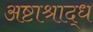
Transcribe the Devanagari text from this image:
अष्टाश्राद्ध